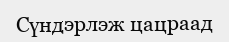
Сүндэрлэж цацраад